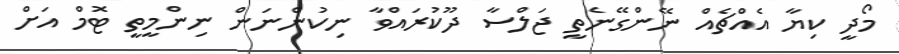
މޯދީ ކިޔާ އެއްޗެއް ނޭންގޭނެތީ ޖަލްސާ ދޫކުރައްވާ ނިކުންނަން ނިންމީތީ ޓޮމް އަށް